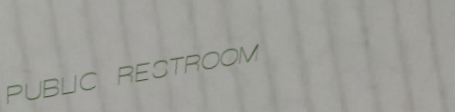
PUBLIC RESTROOM